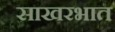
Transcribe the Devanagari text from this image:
साखरभात